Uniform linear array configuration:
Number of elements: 32
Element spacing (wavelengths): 0.5
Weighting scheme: hamming
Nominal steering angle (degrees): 15
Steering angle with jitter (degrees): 15.366
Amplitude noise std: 0.05
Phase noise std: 0.05

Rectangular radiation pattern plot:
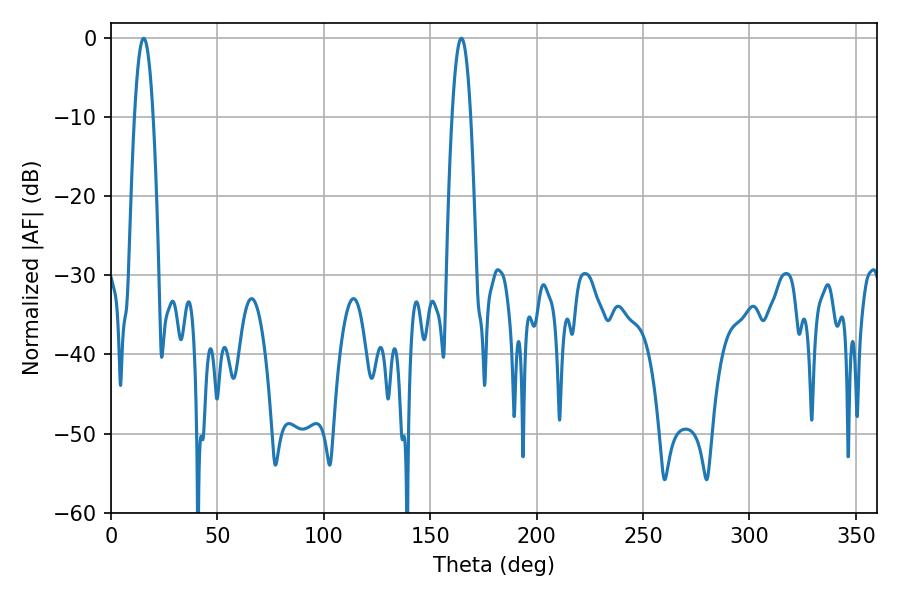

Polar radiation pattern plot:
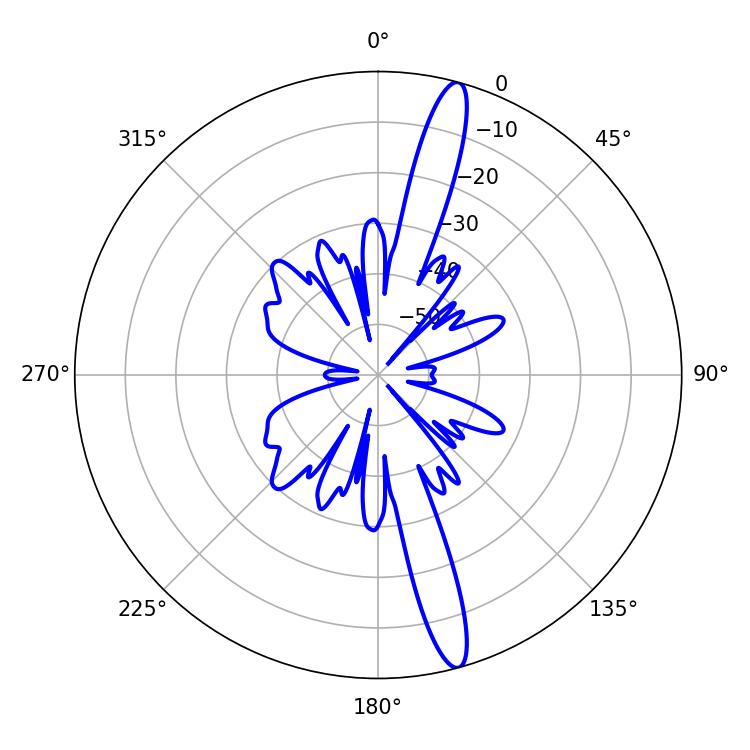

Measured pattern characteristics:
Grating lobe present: FALSE
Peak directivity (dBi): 16.196
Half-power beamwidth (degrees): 4.86
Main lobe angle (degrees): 15.3